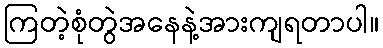
ကြတဲ့စုံတွဲအနေနဲ့အားကျရတာပါ။